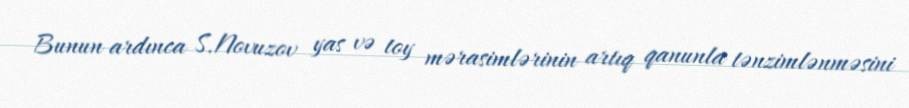
Bunun ardınca S.Novuzov yas və toy mərasimlərinin artıq qanunla tənzimlənməsini